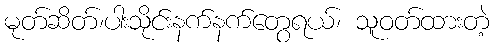
မုတ်ဆိတ်၊ပါးသိုင်းနက်နက်တွေရယ်၊ သူဝတ်ထားတဲ့